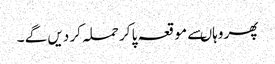
پھر وہاںسے مو قعہ پا کر حملہ کر دیں گے ۔